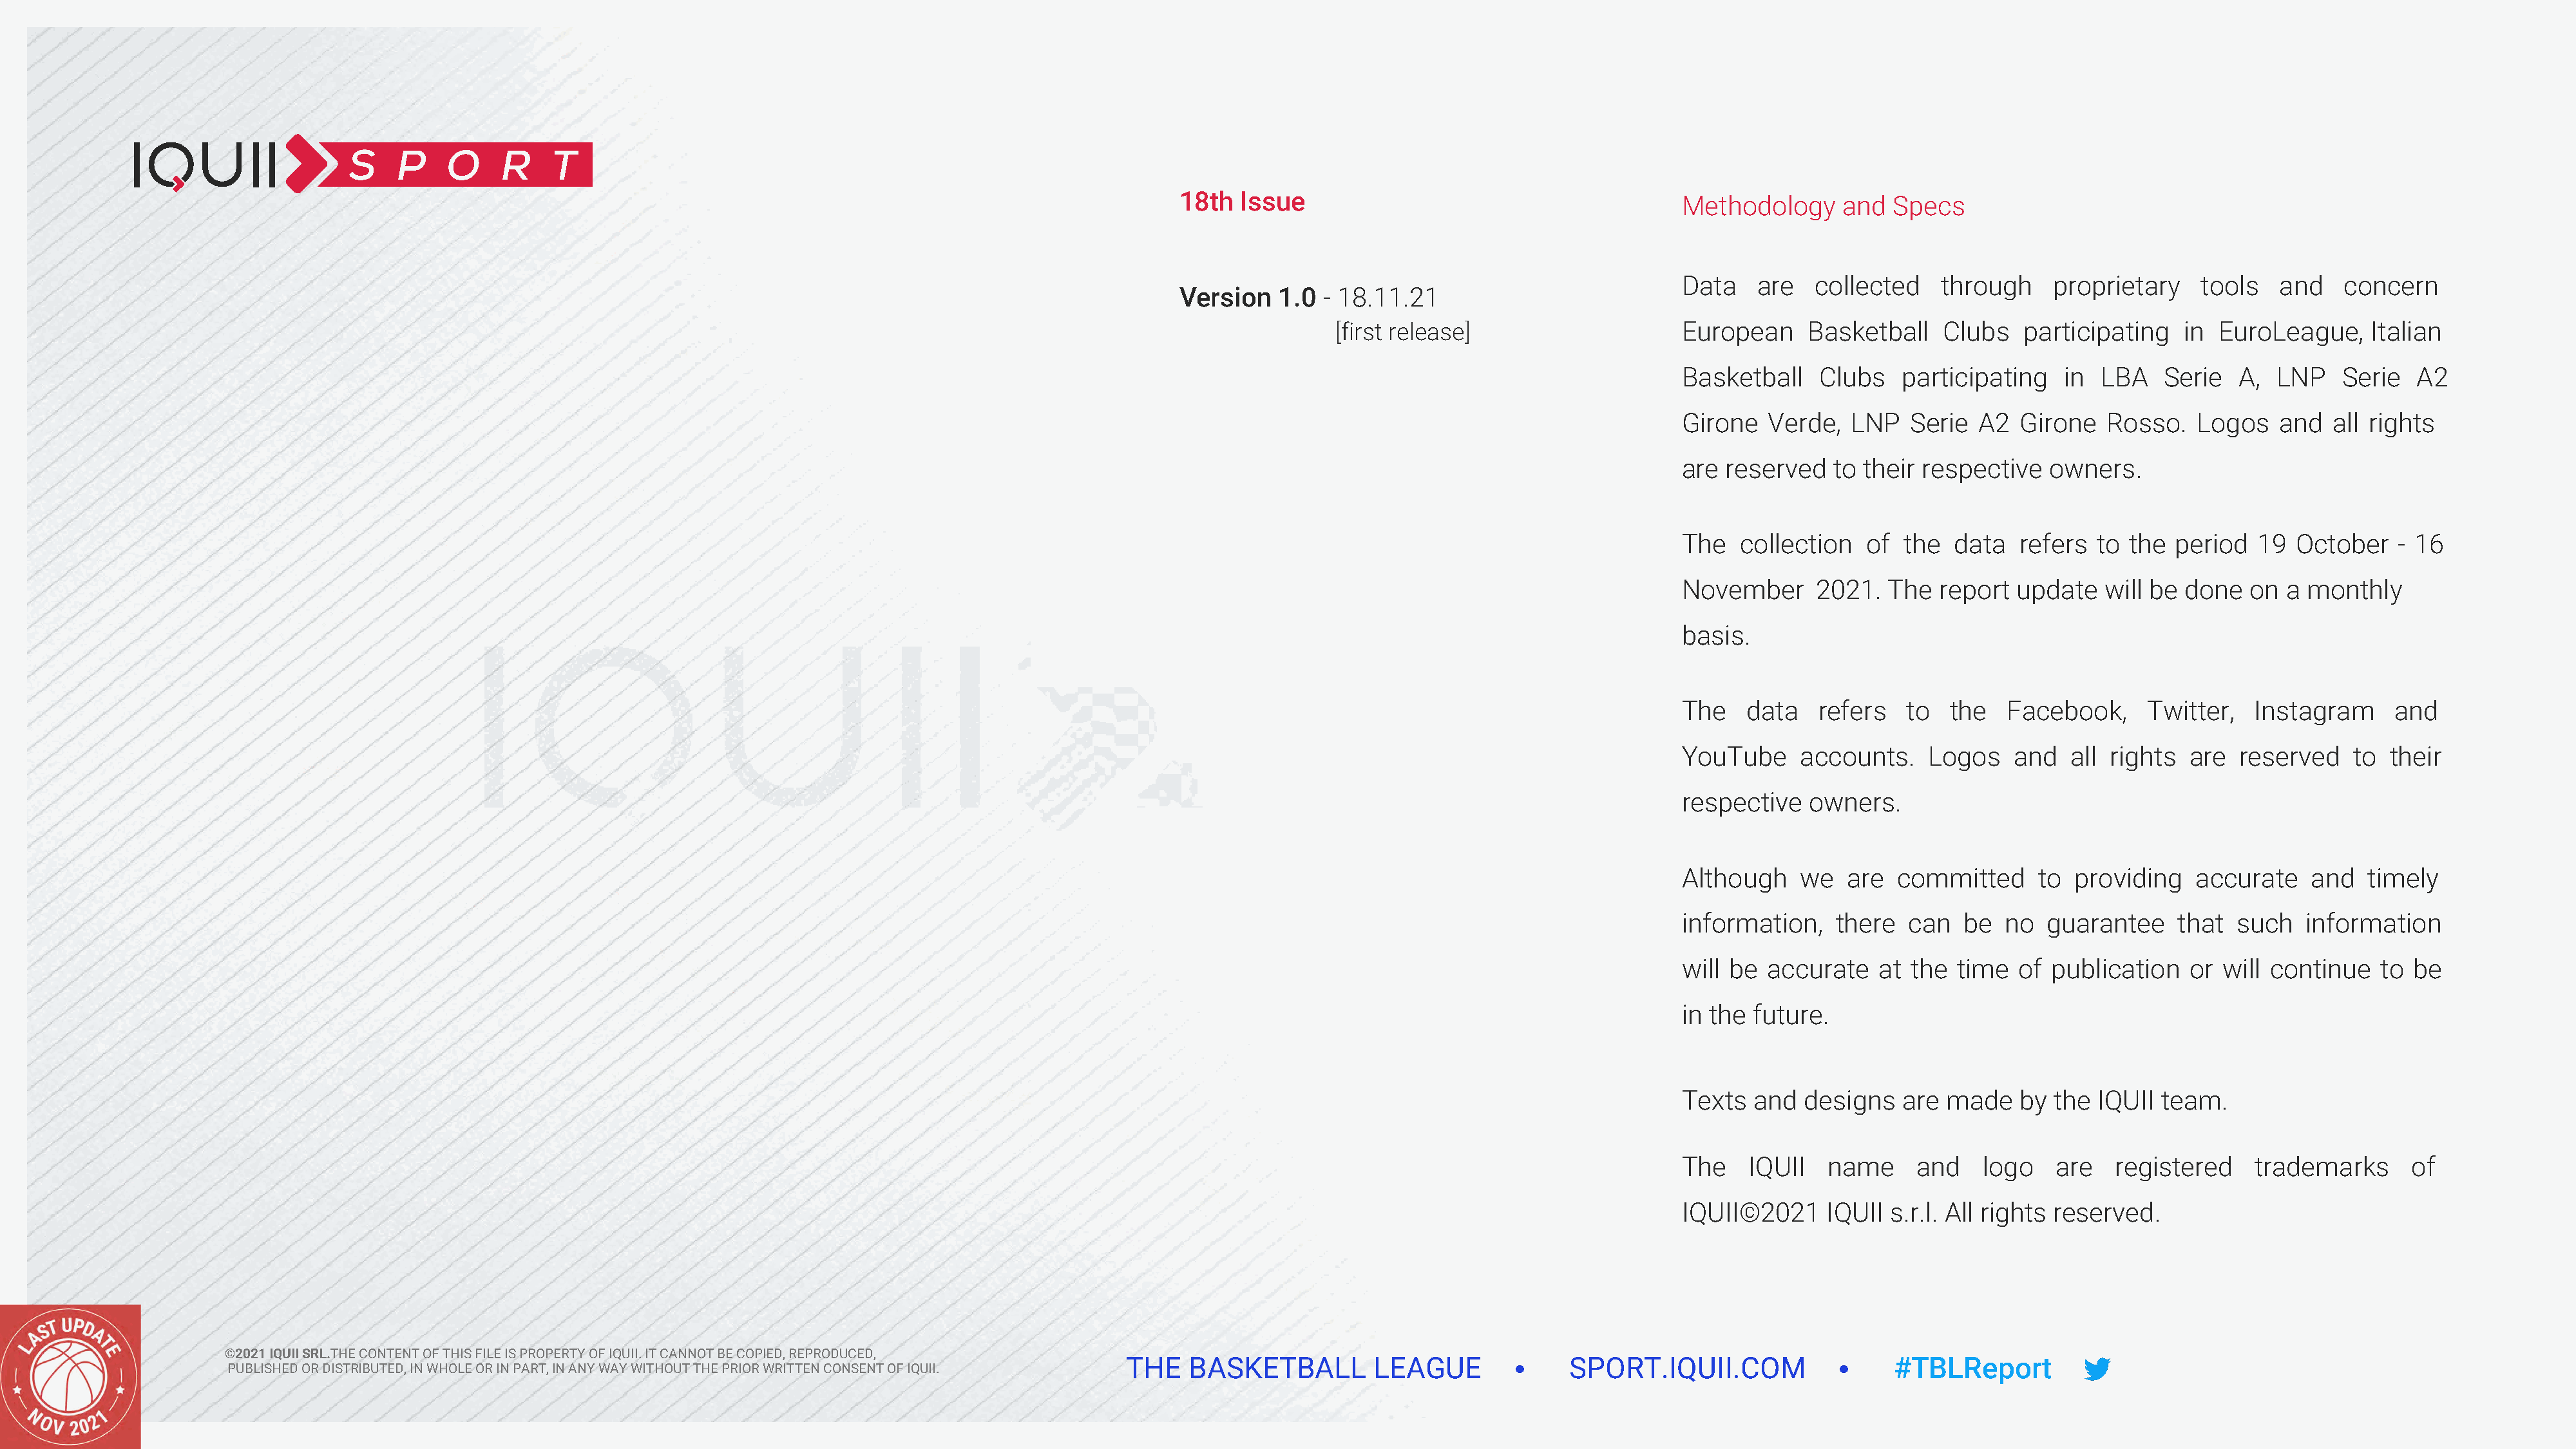
18th  Issue
 Methodology     and   Specs
 Data    are  collected    through     proprietary    tools   and    concern
 Version   1.0  ­ 18.11.21
 [first release]                     European     Basketball    Clubs   participating   in  EuroLeague,     Italian
 Basketball    Clubs   participating    in  LBA   Serie   A,  LNP    Serie  A2
 Girone   Verde,  LNP   Serie  A2   Girone  Rosso.    Logos   and   all rights
 are reserved   to their  respective   owners.
 The   collection   of  the  data   refers to  the period   19  October   - 16
 November      2021.  The  report  update   will be done   on  a monthly
 basis.
 The   data    refers   to  the   Facebook,      Twitter,   Instagram     and
 YouTube     accounts.    Logos    and   all rights  are  reserved    to  their
 respective   owners.
 Although    we   are  committed     to  providing    accurate   and   timely
 information,    there  can   be  no  guarantee     that  such   information
 will be  accurate   at the  time  of  publication   or will continue    to be
 in the future.
 Texts  and  designs   are  made    by the  IQUII team.
 The    IQUII   name     and    logo   are   registered     trademarks      of
 IQUII©2021     IQUII s.r.l. All rights reserved.
 ©2021 IQUII SRL.THE CONTENT OF THIS FILE IS PROPERTY OF IQUII. IT CANNOT BE COPIED, REPRODUCED,
 THE   BASKETBALL         LEAGUE              SPORT.IQUII.COM                   #TBLReport
 PUBLISHED OR DISTRIBUTED, IN WHOLE OR IN PART, IN ANY WAY WITHOUT THE PRIOR WRITTEN CONSENT OF IQUII.